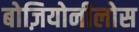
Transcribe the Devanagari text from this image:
बोज़ियोनीलोस